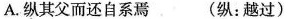
A.纵其父而还自系焉 (纵：越过)